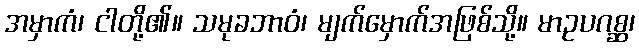
အမှာကံ၊ ငါတို့၏။ သမုခဘာဝံ၊ မျက်မှောက်အဖြစ်သို့။ မာဥပဂစ္ဆ၊